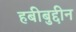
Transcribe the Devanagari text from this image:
हबीबुद्दीन